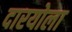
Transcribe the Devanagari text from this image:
दारयोला